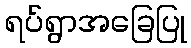
ရပ်ရွာအခြေပြု